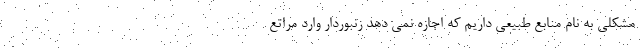
مشکلی به نام منابع طبیعی داریم که اجازه نمی دهد زنبوردار وارد مراتع